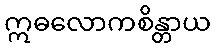
ဣဓလောကစိန္တာယ